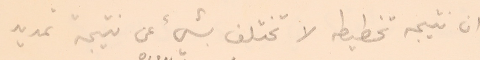
ان نتيجه تخطيطه لا تختلف بشيء عنى نتيجة تمديد